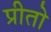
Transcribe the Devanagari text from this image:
प्रीतो